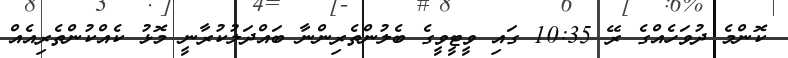
ކޮންމެ ދުވަހެއްގެ ރޭ 10:35 ގައި ވީޓީވީގެ ބެލުންތެރިންނާ ބައްދަލުކުރާނީ މޮޅު ކެއްކުންތެރިއެއް